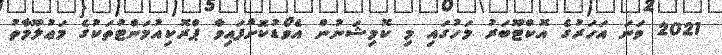
2021 ވަނަ އަހަރުގެ އޮކްޓޫބަރު މަހުގައި މި ކޮމިޝަނުން އެވޯޑުކޮށްފައިވާ ޕްރޮކިއުމަންޓުތަކުގެ މަޢުލޫމާތު